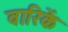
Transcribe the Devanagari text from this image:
वारिकें